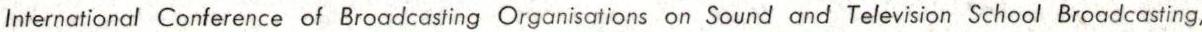
International Conference of Broadcasting Organisations on Sound and Television School Broadcasting